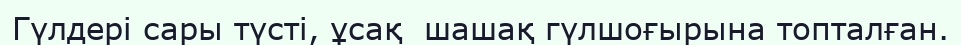
Гүлдері сары түсті, ұсақ  шашақ гүлшоғырына топталған.